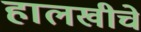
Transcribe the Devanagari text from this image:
हालखीचे